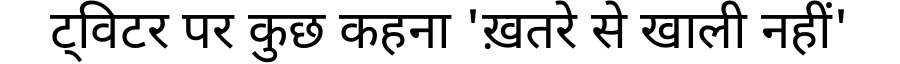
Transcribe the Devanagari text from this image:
ट्विटर पर कुछ कहना 'ख़तरे से खाली नहीं'